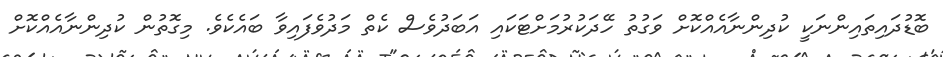
ބޮޑުދައިތައިންނަކީ ކުދިންނާއެއްކޮށް ވަގުތު ހޭދަކުރުމަށްޓަކައި އަބަދުވެސް ކެތް މަދުވެފައިވާ ބައެކެވެ. މިގޮތުން ކުދިންނާއެއްކޮށް